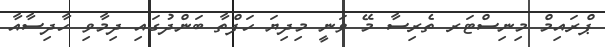
ޕްރައިމް މިނިސްޓަރ ތެރިސާ މޭ ވަނީ މިދިޔަ ހަފްތާ ބަންދުގައި ދިމާވި ހާދިސާއާ